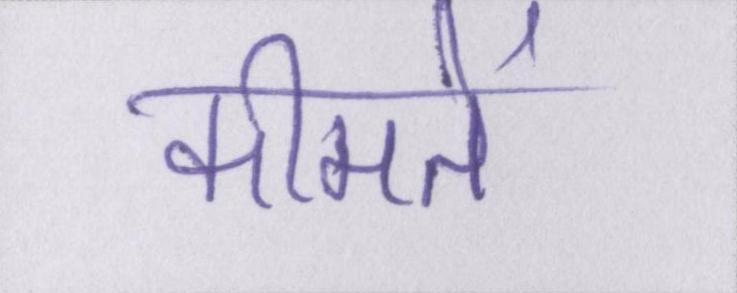
कीमतें